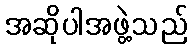
အဆိုပါအဖွဲ့သည်